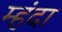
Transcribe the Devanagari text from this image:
म्हंदा